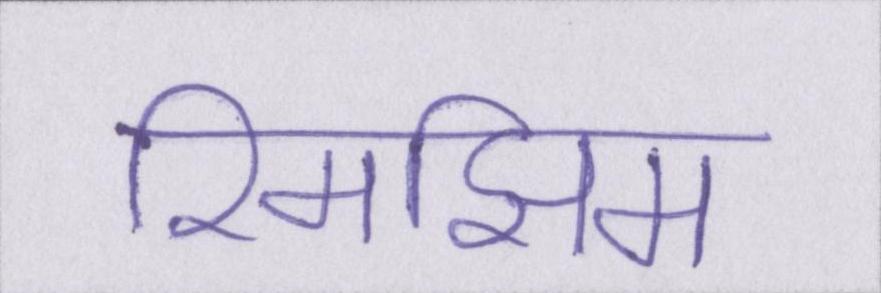
रिमझिम